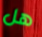
هل